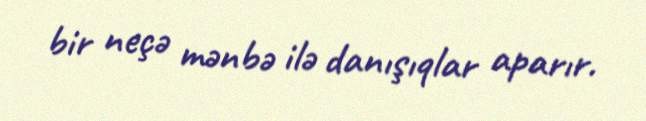
bir neçə mənbə ilə danışıqlar aparır.